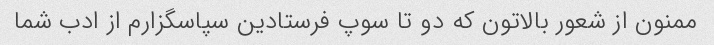
ممنون از شعور بالاتون که دو تا سوپ فرستادین سپاسگزارم از ادب شما